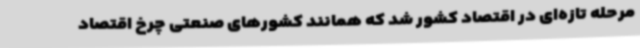
مرحله تازه‌ای در اقتصاد کشور شد که همانند کشورهای صنعتی چرخ اقتصاد